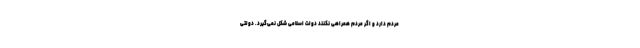
مردم دارد و اگر مردم همراهی نکنند دولت اسلامی شکل نمی‌گیرد. دولتی